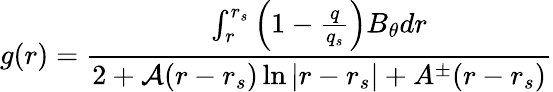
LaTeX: g(r)=\frac{\int_{r}^{r_{s}}\left(1-\frac{q}{q_{s}}\right)B_{\theta}dr}{2+\mathcal{A}(r-r_{s})\ln{|r-r_{s}|}+A^{\pm}(r-r_{s})}